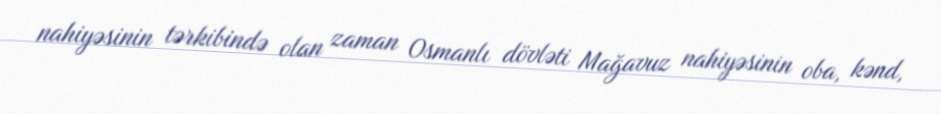
nahiyəsinin tərkibində olan zaman Osmanlı dövləti Mağavuz nahiyəsinin oba, kənd,